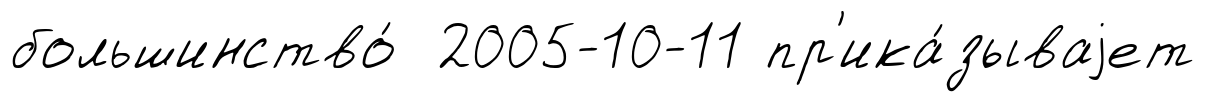
большинство́ 2005-10-11 пр'ика́зываjет